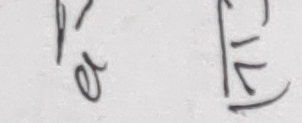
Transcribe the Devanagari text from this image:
रि अ (४)